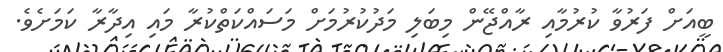
ބީއަށް ފަރުވާ ކުރުމާއި ރާއްޖޭން މިބަލި މަދުކުރުމަށް މަސައްކަތްކުރާ މައި އިދާރާ ކަމަށެވެ.